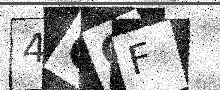
Text: 4GQF